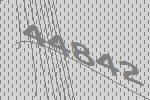
44842